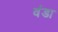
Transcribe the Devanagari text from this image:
वंडा